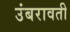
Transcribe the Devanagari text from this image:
उंबरावती